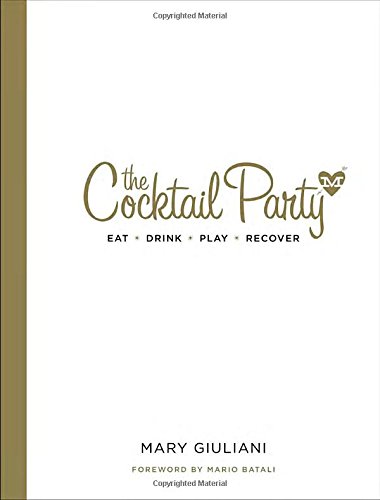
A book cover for The Cocktail Party: Eat  Drink  Play  Recover; Mary Giuliani; Cookbooks, Food & Wine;